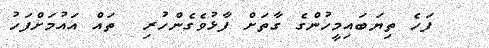
ފަހެ ތިޔަބައިމީހުންގެ ގާތަށް ފާޅުވެގެންހުރި  ތައް އައުމަށްފަހު